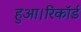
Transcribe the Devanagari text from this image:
हुआ।रिकॉर्ड